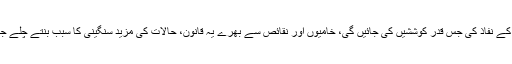
ان قوانین کے نفاذ کی جس قدر کوششیں کی جائیں گی، خامیوں اور نقائص سے بھرے یہ قانون، حالات کی مزید سنگینی کا سبب بنتے چلے جائیں گے۔